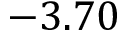
- 3 . 7 0